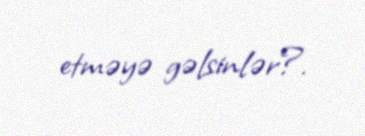
etməyə gəlsinlər?.